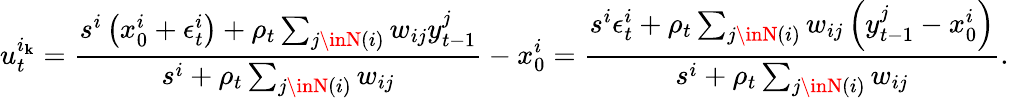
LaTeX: u_{t}^{i_{\mathbf{k}}}=\frac{{s^{i}\left(x_{0}^{i}+\epsilon_{t}^{i}\right)+\rho_{t}\sum_{j\inN(i)}w_{ij}y_{t-1}^{j}}}{{s^{i}+\rho_{t}\sum_{j\inN(i)}w_{ij}}}-x_{0}^{i}=\frac{{s^{i}\epsilon_{t}^{i}+\rho_{t}\sum_{j\inN(i)}w_{ij}\left(y_{t-1}^{j}-x_{0}^{i}\right)}}{{s^{i}+\rho_{t}\sum_{j\inN(i)}w_{ij}}}.